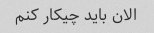
الان باید چیکار کنم